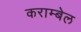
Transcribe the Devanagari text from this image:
कराम्बेल